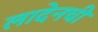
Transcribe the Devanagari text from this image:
लादेनची